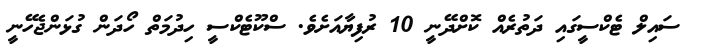
ސައިލް ޓެކްސީގައި ދަތުރެއް ކޮށްދޭނީ 10 ރުފިޔާއަށެވެ. ސްކޫޓެކްސީ ހިދުމަތް ހޯދަން ގުޅަންޖެހޭނީ